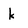
Character: k